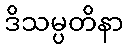
ဒိသမ္ပတိနာ